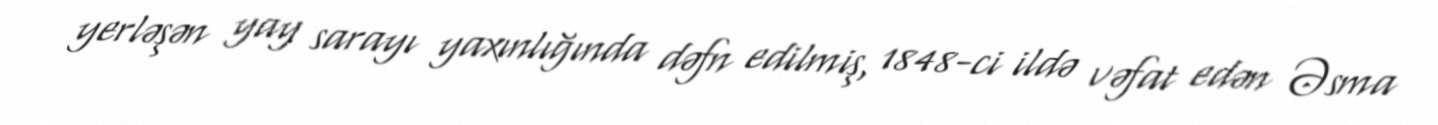
yerləşən yay sarayı yaxınlığında dəfn edilmiş, 1848-ci ildə vəfat edən Əsma